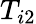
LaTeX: T_{i2}